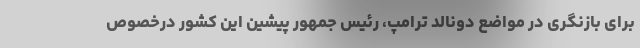
برای بازنگری در مواضع دونالد ترامپ، رئیس جمهور پیشین‌ این ‌کشور درخصوص